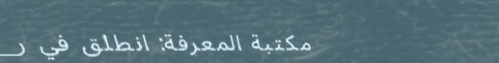
مكتبة المعرفة: انطلق في ر